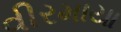
વીરમાયા